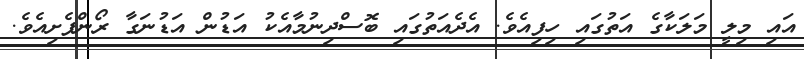
އައި މިލީ މަލަކާގެ އަތުގައި ހިފިއެވެ. އެދެއަތުގައި ބޮސްދިނުމާއެކު އަޑުން އަޑުނަގާ ރޯންފެށިއެވެ.